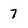
Character: 7